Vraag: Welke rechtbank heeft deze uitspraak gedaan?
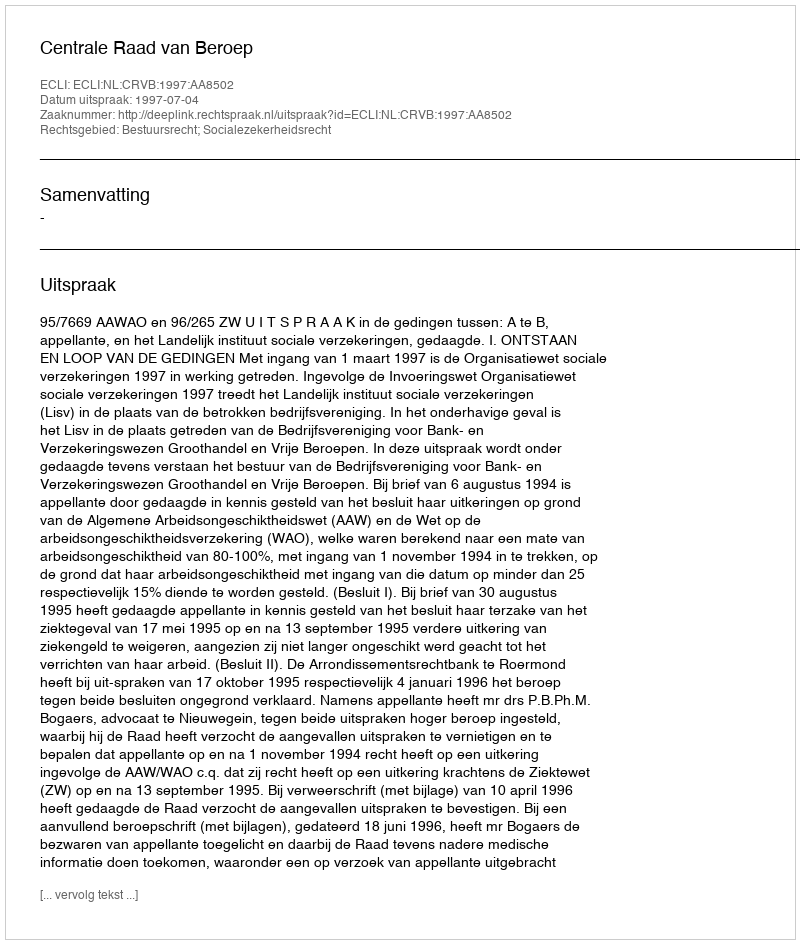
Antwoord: Centrale Raad van Beroep